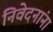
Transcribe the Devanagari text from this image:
निवेदनांना